Leaving Certificate Examination, 1922
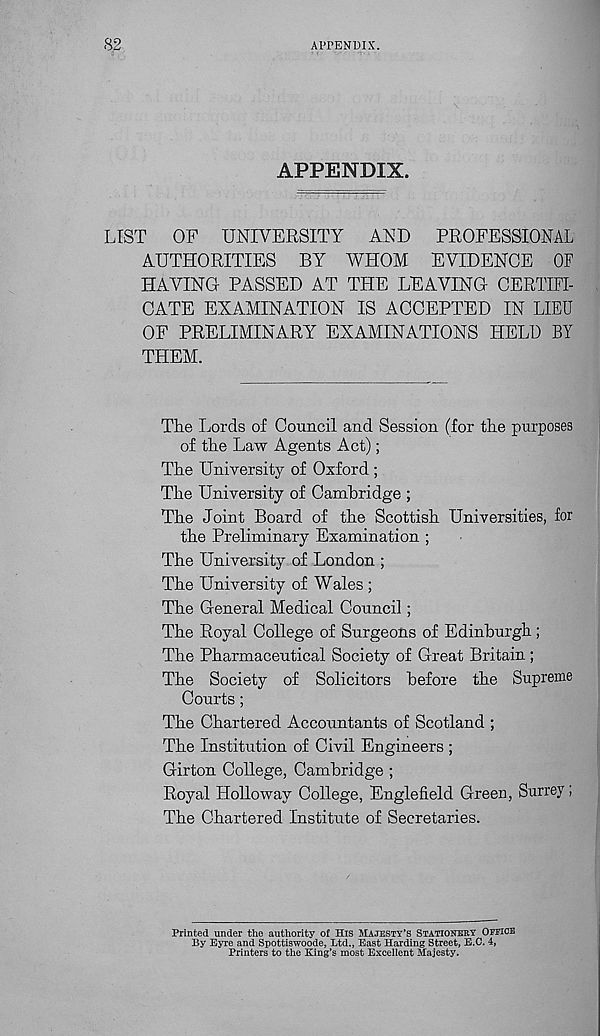
82
APPENDIX.
APPENDIX.
LIST
OF UNIVERSITY
AND
PROFESSIONAL
AUTHORITIES BY WHOM EVIDENCE OF
HAVING PASSED AT THE LEAVING CERTIFI-
CATE EXAMINATION IS ACCEPTED IN LIEU
OF PRELIMINARY EXAMINATIONS HELD BY
THEM.
The Lords of Council and Session (for the purposes
of the Law Agents Act);
The University of Oxford ;
The University of Cambridge ;
The Joint Board of the Scottish Universities, for
the Preliminary Examination ;
The University of London ;
The University of Wales ;
The General Medical Council;
The Royal College of Surgeons of Edinburgh ;
The Pharmaceutical Society of Great Britain ;
The Society of Solicitors before the Supreme
Courts;
The Chartered Accountants of Scotland ;
The Institution of Civil Engineers ;
Girton College, Cambridge ;
Royal Holloway College, Engle field Green, Surrey;
The Chartered Institute of Secretaries.
Printed under the authority of His Majesty’s Stationery Office
By Eyre and Spottiswoode, Ltd., East Harding Street, E.C. 4,
Printers to the King’s most Excellent Majesty.